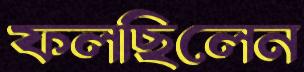
ফলছিলেন